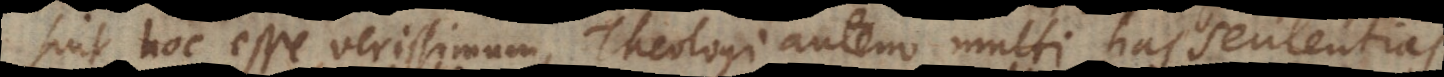
sint hoc esse verissimum, Theologi autem multi has sententias